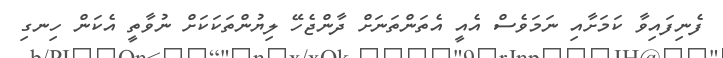
ފެނިފައިވާ ކަމަށާއި ނަމަވެސް އެއީ އެތަންތަނަށް ދާންޖެހޭ ލިޔުންތަކަކަށް ނުވާތީ އެކަން ހިނގި